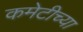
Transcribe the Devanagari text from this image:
कमेटीच्या